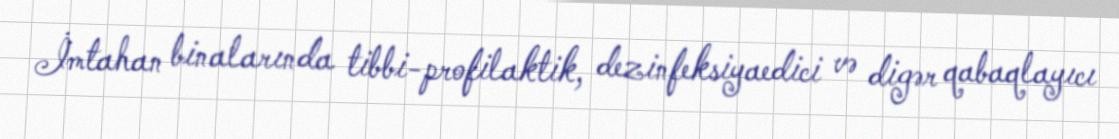
İmtahan binalarında tibbi-profilaktik, dezinfeksiyaedici və digər qabaqlayıcı